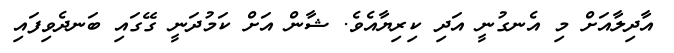
އާދިލާއަށް މި އެނގުނީ އަދި ކިރިޔާއެވެ. ޝާން އަށް ކަމުދަނީ ގޭގައި ބަނދެވިފައި